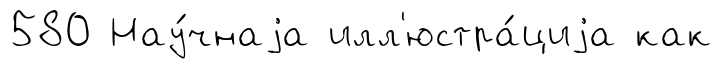
580 Нау́чнаjа илл'юстра́циjа как